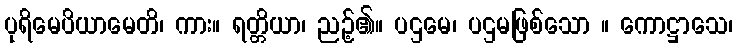
ပုရိမေပိယာမေတိ၊ ကား။ ရတ္တိယာ၊ ညဉ့်၏။ ပဌမေ၊ ပဌမဖြစ်သော ။ ကောဋ္ဌာသေ၊